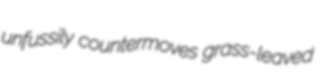
unfussily countermoves grass-leaved